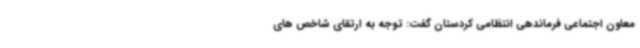
معاون اجتماعی فرماندهی انتظامی کردستان گفت: توجه به ارتقای شاخص های